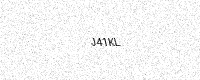
Text: J41KL